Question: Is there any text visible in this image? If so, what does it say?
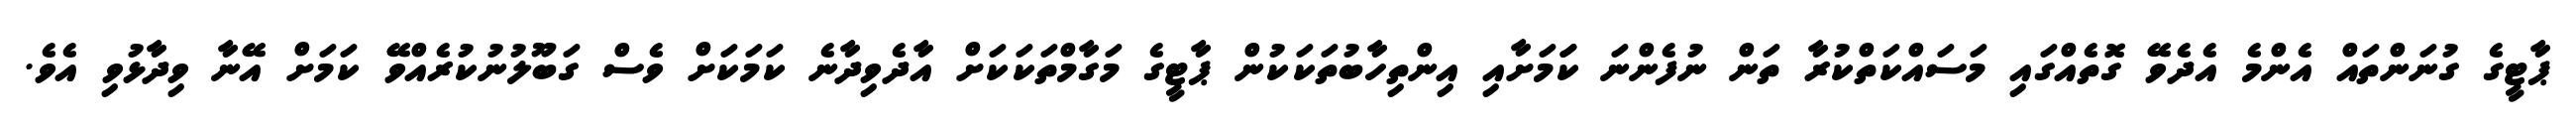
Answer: ޕާޓީގެ ގުނަންތައް އެންމެ އެދެވޭ ގޮތެއްގައި މަސައްކަތްކުރާ ތަން ނުފެންނަ ކަަމަށާއި އިންތިހާބުތަކަކުން ޕާޓީގެ މަގާމްތަކަކަށް އާދެވިދާނެ ކަމަކަށް ވެސް ގަބޫލުނުކުރެއްވޭ ކަމަށް އޭނާ ވިދާޅުވި އެވެ.